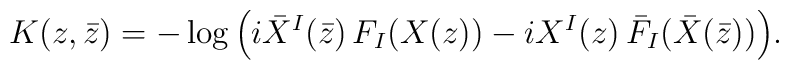
K(z,\bar z)=-\log\Big(i \bar X^I(\bar z)\,F_I(X(z)) -i X^I(z)\,\bar F_I(\bar X(\bar z))\Big) .